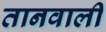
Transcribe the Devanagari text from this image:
तानवाली